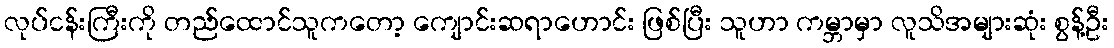
လုပ်ငန်းကြီးကို တည်ထောင်သူကတော့ ကျောင်းဆရာဟောင်း ဖြစ်ပြီး သူဟာ ကမ္ဘာမှာ လူသိအများဆုံး စွန့်ဦး